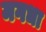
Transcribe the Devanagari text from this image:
मगधा